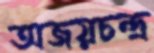
অজয়চন্দ্র